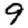
Digit: 9